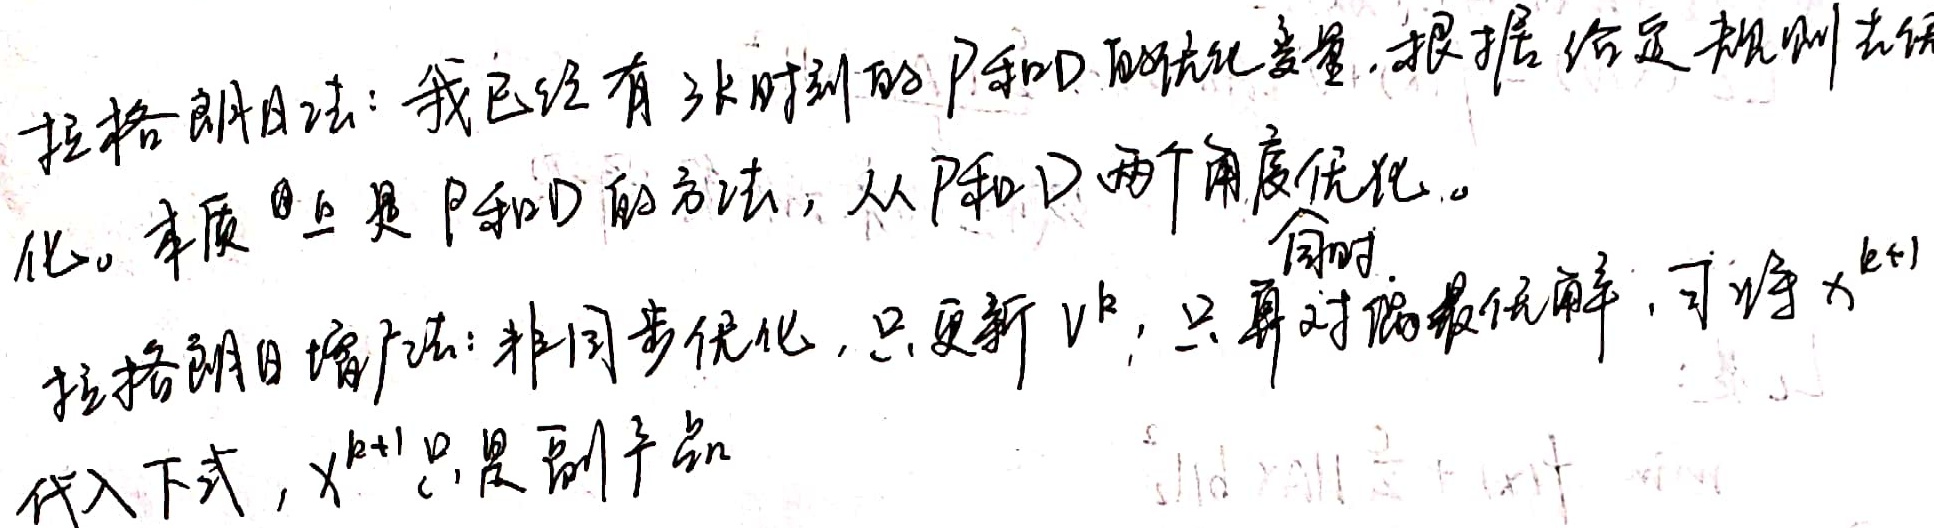
拉格朗日法：我已经有了k时刻的P和D的优化变量，根据给定规则去优化。本质上是P和D的方法，从P和D两个角度优化。
同时
拉格朗日增广法：非同步优化，只更新 \( v^k \)，只再对路最优解，可将 \( x^{k+1} \)
代入下式，\( x^{k+1} \) 只是副产品